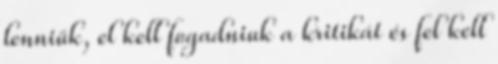
lenniük, el kell fogadniuk a kritikát és fel kell